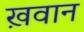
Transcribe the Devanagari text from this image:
ख़वान